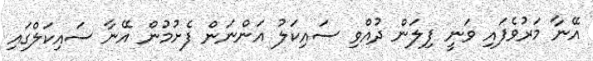
އޭނާ މަރުވެފައި ވަނީ ފިލަން ދުއްވި ސައިކަލު އަންނަން ފެށުމުން އޭނާ ސައިކަލްގައި